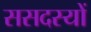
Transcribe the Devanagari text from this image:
ससदस्यों